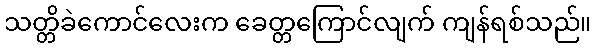
သတ္တိခဲကောင်လေးက ခေတ္တကြောင်လျက် ကျန်ရစ်သည်။